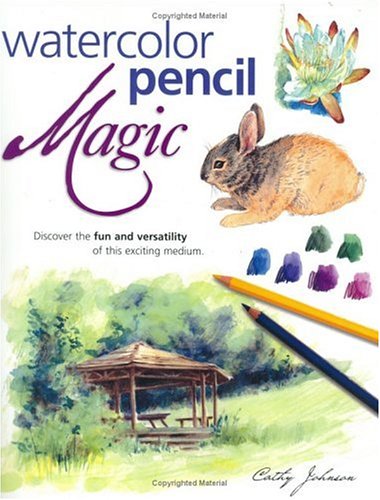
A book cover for Watercolor Pencil Magic; Cathy Ann Johnson; Arts & Photography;